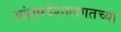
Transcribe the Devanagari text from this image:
आंध्रप्रदेशालगतच्या